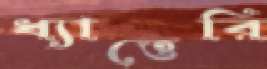
ধ্যাত্তেরি